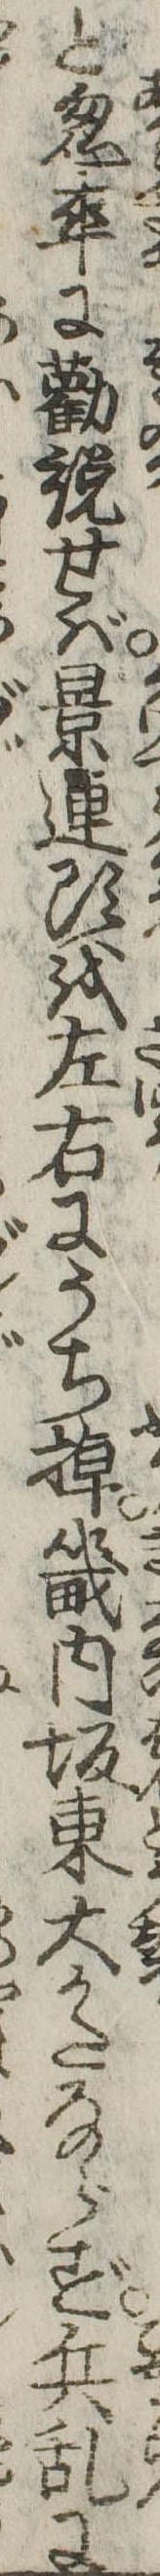
と忽卒に勧説せば景連頭を左右にうち掉畿内坂東大かたならず兵乱に